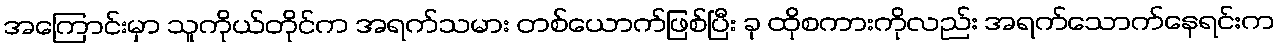
အကြောင်းမှာ သူကိုယ်တိုင်က အရက်သမား တစ်ယောက်ဖြစ်ပြီး ခု ထိုစကားကိုလည်း အရက်သောက်နေရင်းက